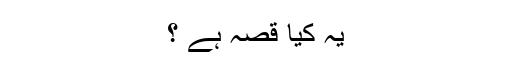
یہ کیا قصہ ہے ؟